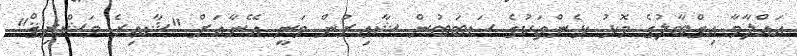
އައްލާމާ އިގްބާލުގެ މޮޅު ޅެންތަކުގެ ސަބަބުން ޝާޢިރުން ވަނީ އޭނާއަށް "ޝާޢިރެ މަޝްރިޤް"